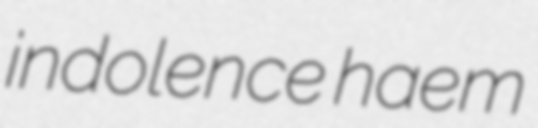
indolence haem